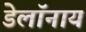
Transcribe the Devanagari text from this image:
डेलॉनाय